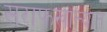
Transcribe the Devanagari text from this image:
सराफखान्यात